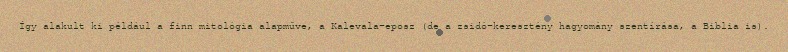
Így alakult ki például a finn mitológia alapműve, a Kalevala-eposz (de a zsidó–keresztény hagyomány szentírása, a Biblia is).